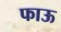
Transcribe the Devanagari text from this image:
फाऊ